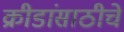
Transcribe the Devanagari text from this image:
क्रीडांसाठीचे